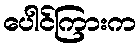
ပေါင်ကြားက